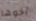
أخوها